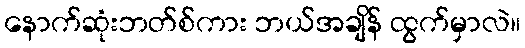
နောက်ဆုံးဘတ်စ်ကား ဘယ်အချိန် ထွက်မှာလဲ။